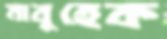
মাবুহেক